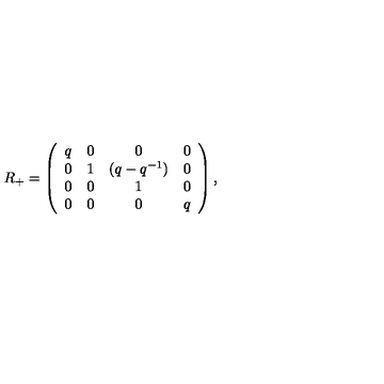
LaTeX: R _ { + } = \left( \begin{array} { c c c c } { q } & { 0 } & { 0 } & { 0 } \\ { 0 } & { 1 } & { ( q - q ^ { - 1 } ) } & { 0 } \\ { 0 } & { 0 } & { 1 } & { 0 } \\ { 0 } & { 0 } & { 0 } & { q } \\ \end{array} \right) ,